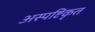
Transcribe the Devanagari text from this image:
अस्पष्टिकृत